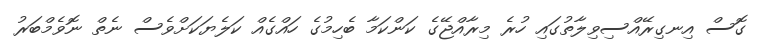
ގޮސް އިނގިރޭއްސިވިލާތުގައި ހުރެ މިރާއްޖޭގެ ކަންކަމާ ބެހިމުގެ ހައްގެއް ކަލެޔަކަށްވެސް ނެތް ނޮވެމްބަރު